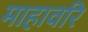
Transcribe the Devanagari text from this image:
माहावरि